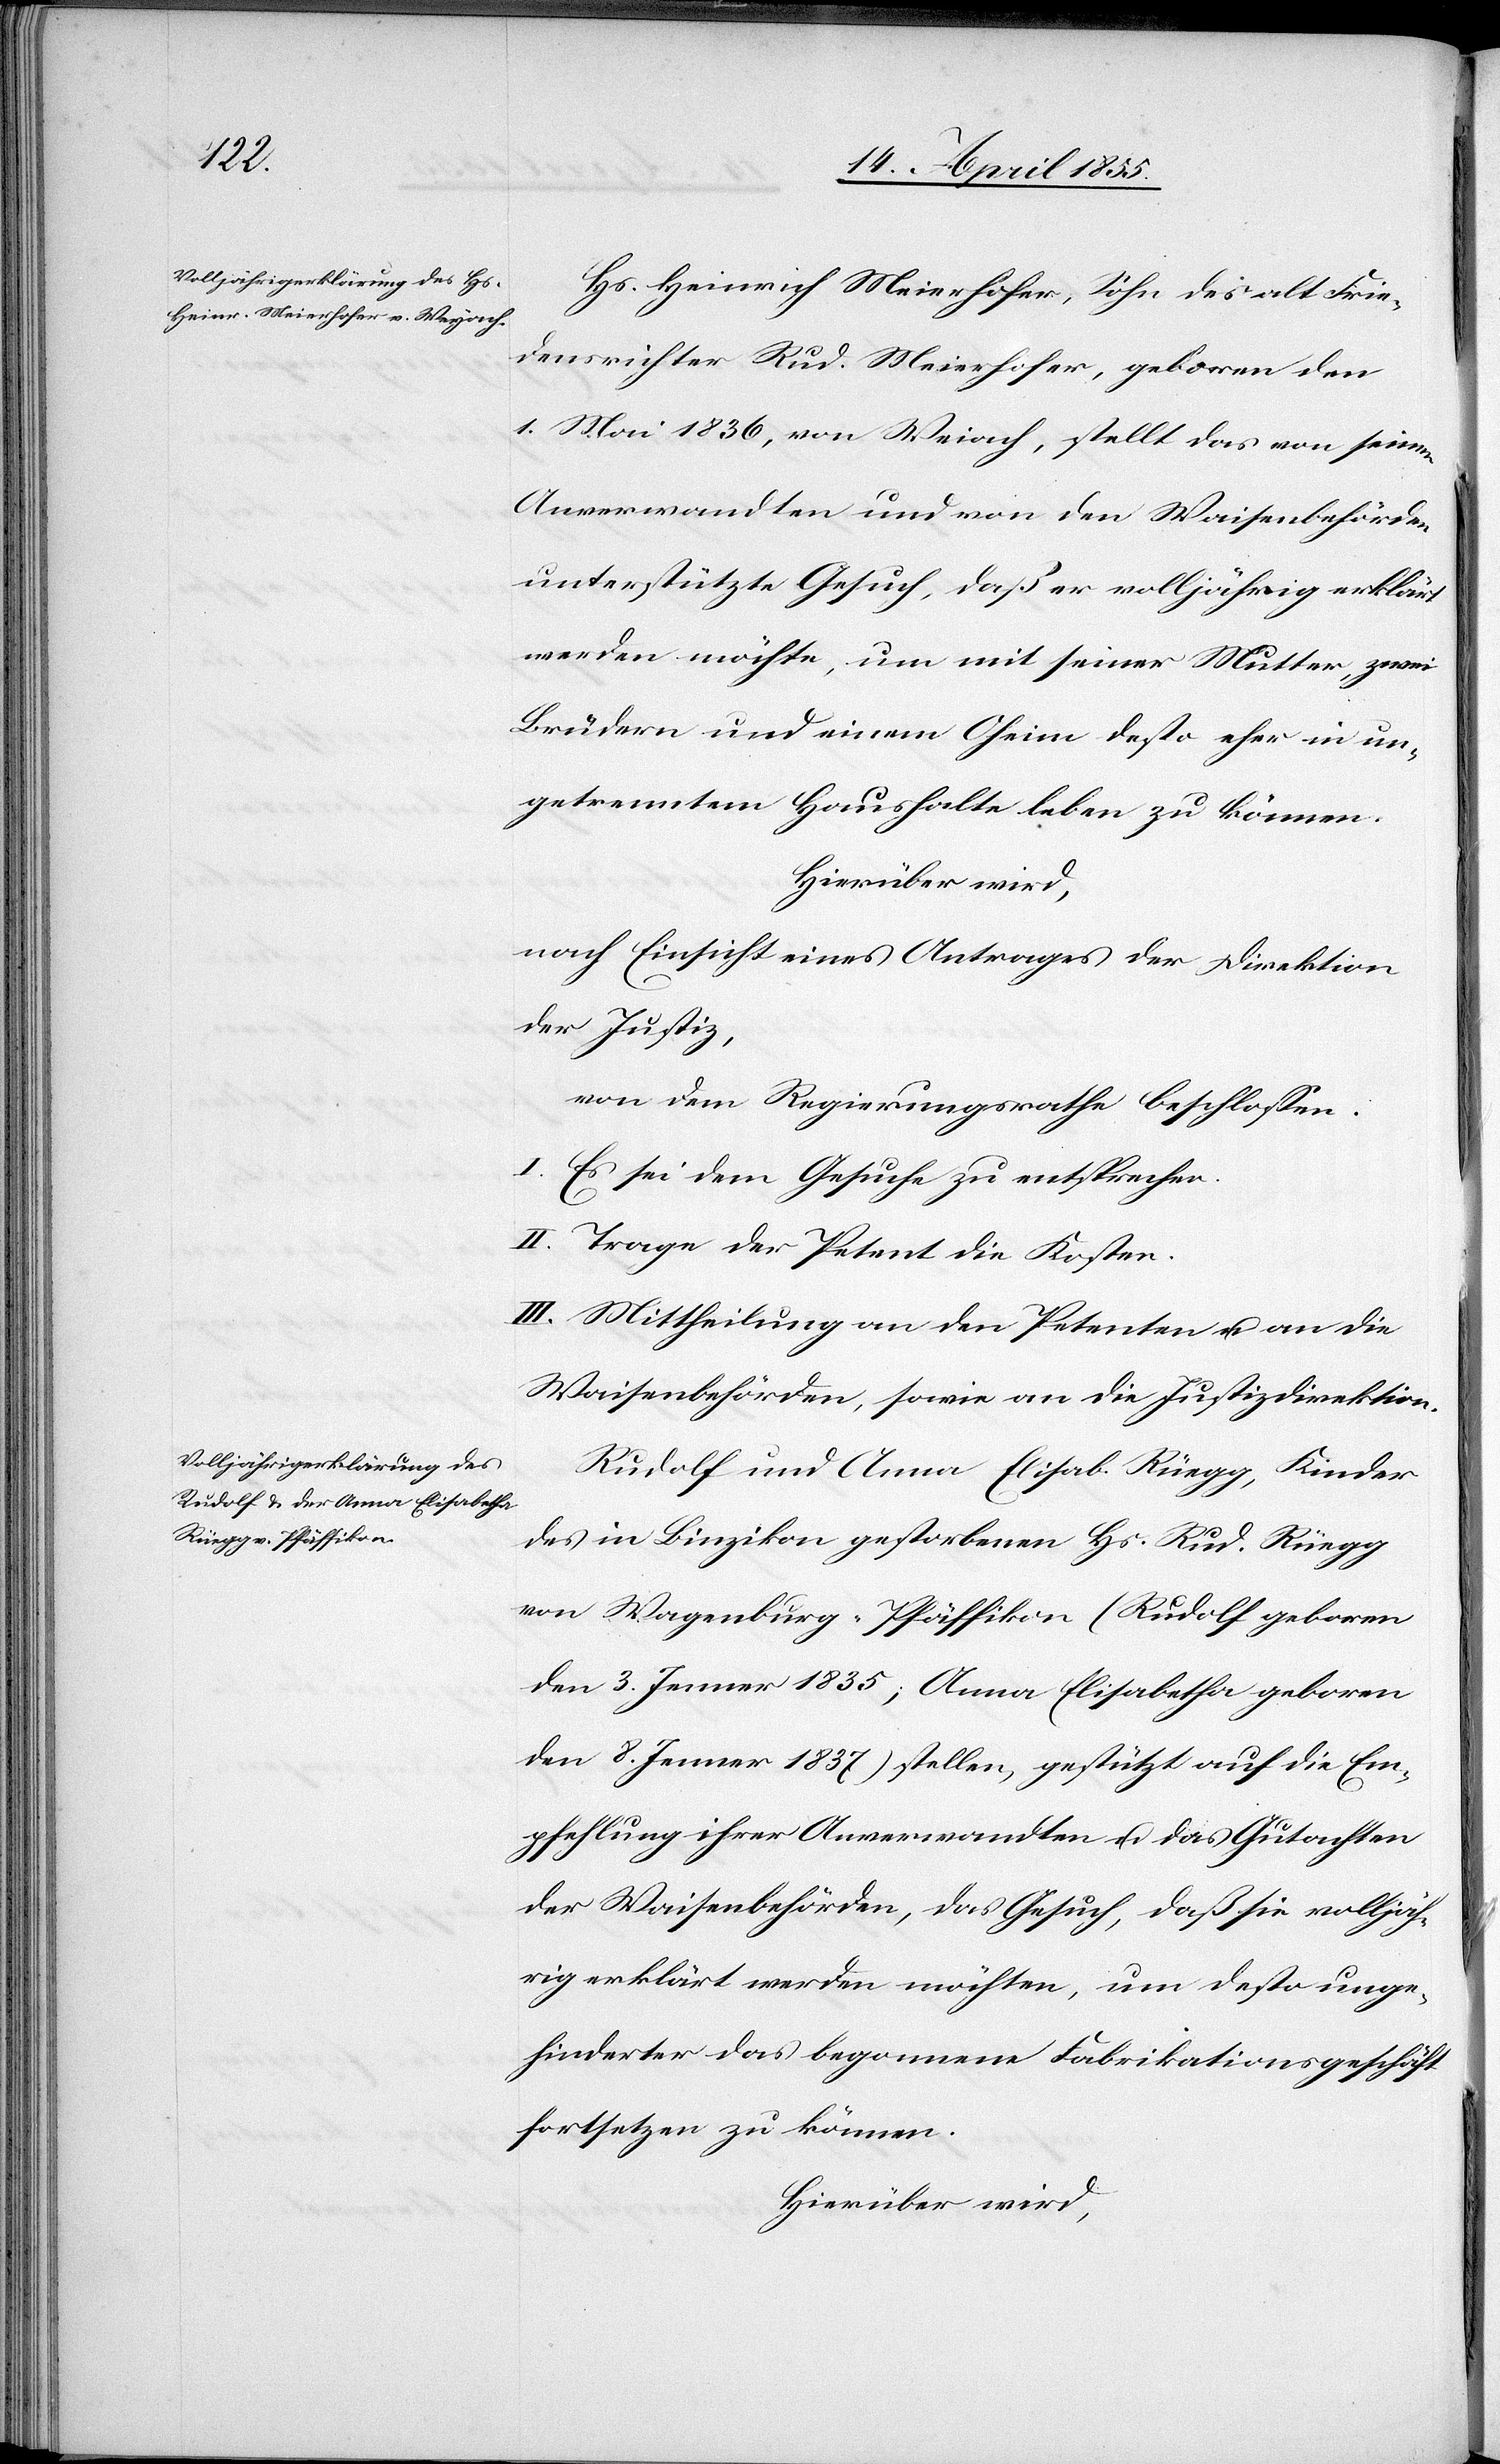
Hs. Heinrich Meierhofer, Sohn des alt Frie¬
densrichter Rud. Meierhofer, geboren den
1. Mai 1836, von Weiach, stellt das von seinen
Anverwandten und von den Waisenbehörden
unterstützte Gesuch, daß er volljährig erklärt
werden möchte, um mit seiner Mutter, zwei
Brüdern und einem Oheim desto eher in un¬
getrenntem Haushalte leben zu können.
Hierüber wird,
nach Einsicht eines Antrages der Direktion
der Justiz,
von dem Regierungsrathe beschlossen:
I. Es sei dem Gesuche zu entsprechen.
II. Trage der Petent die Kosten.
III. Mittheilung an den Petenten u. an die
Waisenbehörden, sowie an die Justizdirektion.
Rudolf und Anna Elisab. Rüegg, Kinder
des in Binzikon gestorbenen Hs. Rud. Rüegg
von Wagenburg-Pfäffikon (Rudolf geboren
den 3. Jenner 1835; Anna Elisabetha geboren
den 8. Jenner 1837) stellen, gestützt auf die Em¬
pfehlung ihrer Anverwandten u. das Gutachten
der Waisenbehörden, das Gesuch, daß sie volljäh¬
rig erklärt werden möchten, um desto unge¬
hinderter das begonnene Fabrikationsgeschäft
fortsetzen zu können.
Hierüber wird,